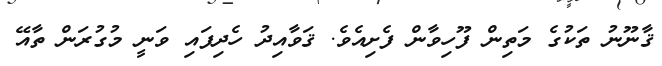
ޤާނޫނު ތަކުގެ މަތިން ފޫހިވާން ފެށިއެވެ. ޤަވާއިދު ހެދިފައި ވަނީ މުގުރަން ތާއޭ